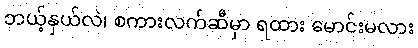
ဘယ့်နှယ်လဲ၊ စကားလက်ဆီမှာ ရထား မောင်းမလား